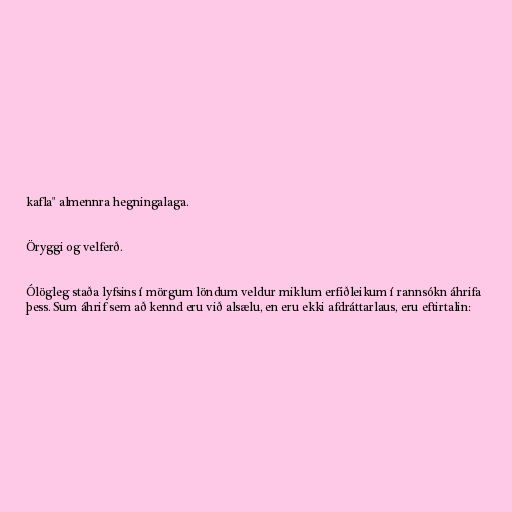
kafla" almennra hegningalaga.

Öryggi og velferð.

Ólögleg staða lyfsins í mörgum löndum veldur miklum erfiðleikum í rannsókn áhrifa
þess. Sum áhrif sem að kennd eru við alsælu, en eru ekki afdráttarlaus, eru eftirtalin: